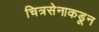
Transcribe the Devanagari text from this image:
चित्रसेनाकडून